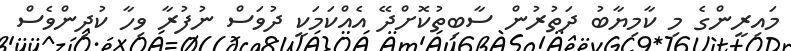
މައިރީންގެ މި ކާމިޔާބު ދަތުރުން ސާބިތުކޮށްދޭ އެއްކަމަކީ ދުވަސް ނުފުރާ ވިހާ ކުދިންވެސް